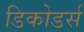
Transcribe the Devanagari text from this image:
डिकोडर्स